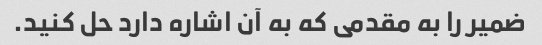
ضمیر را به مقدمی که به آن اشاره دارد حل کنید.